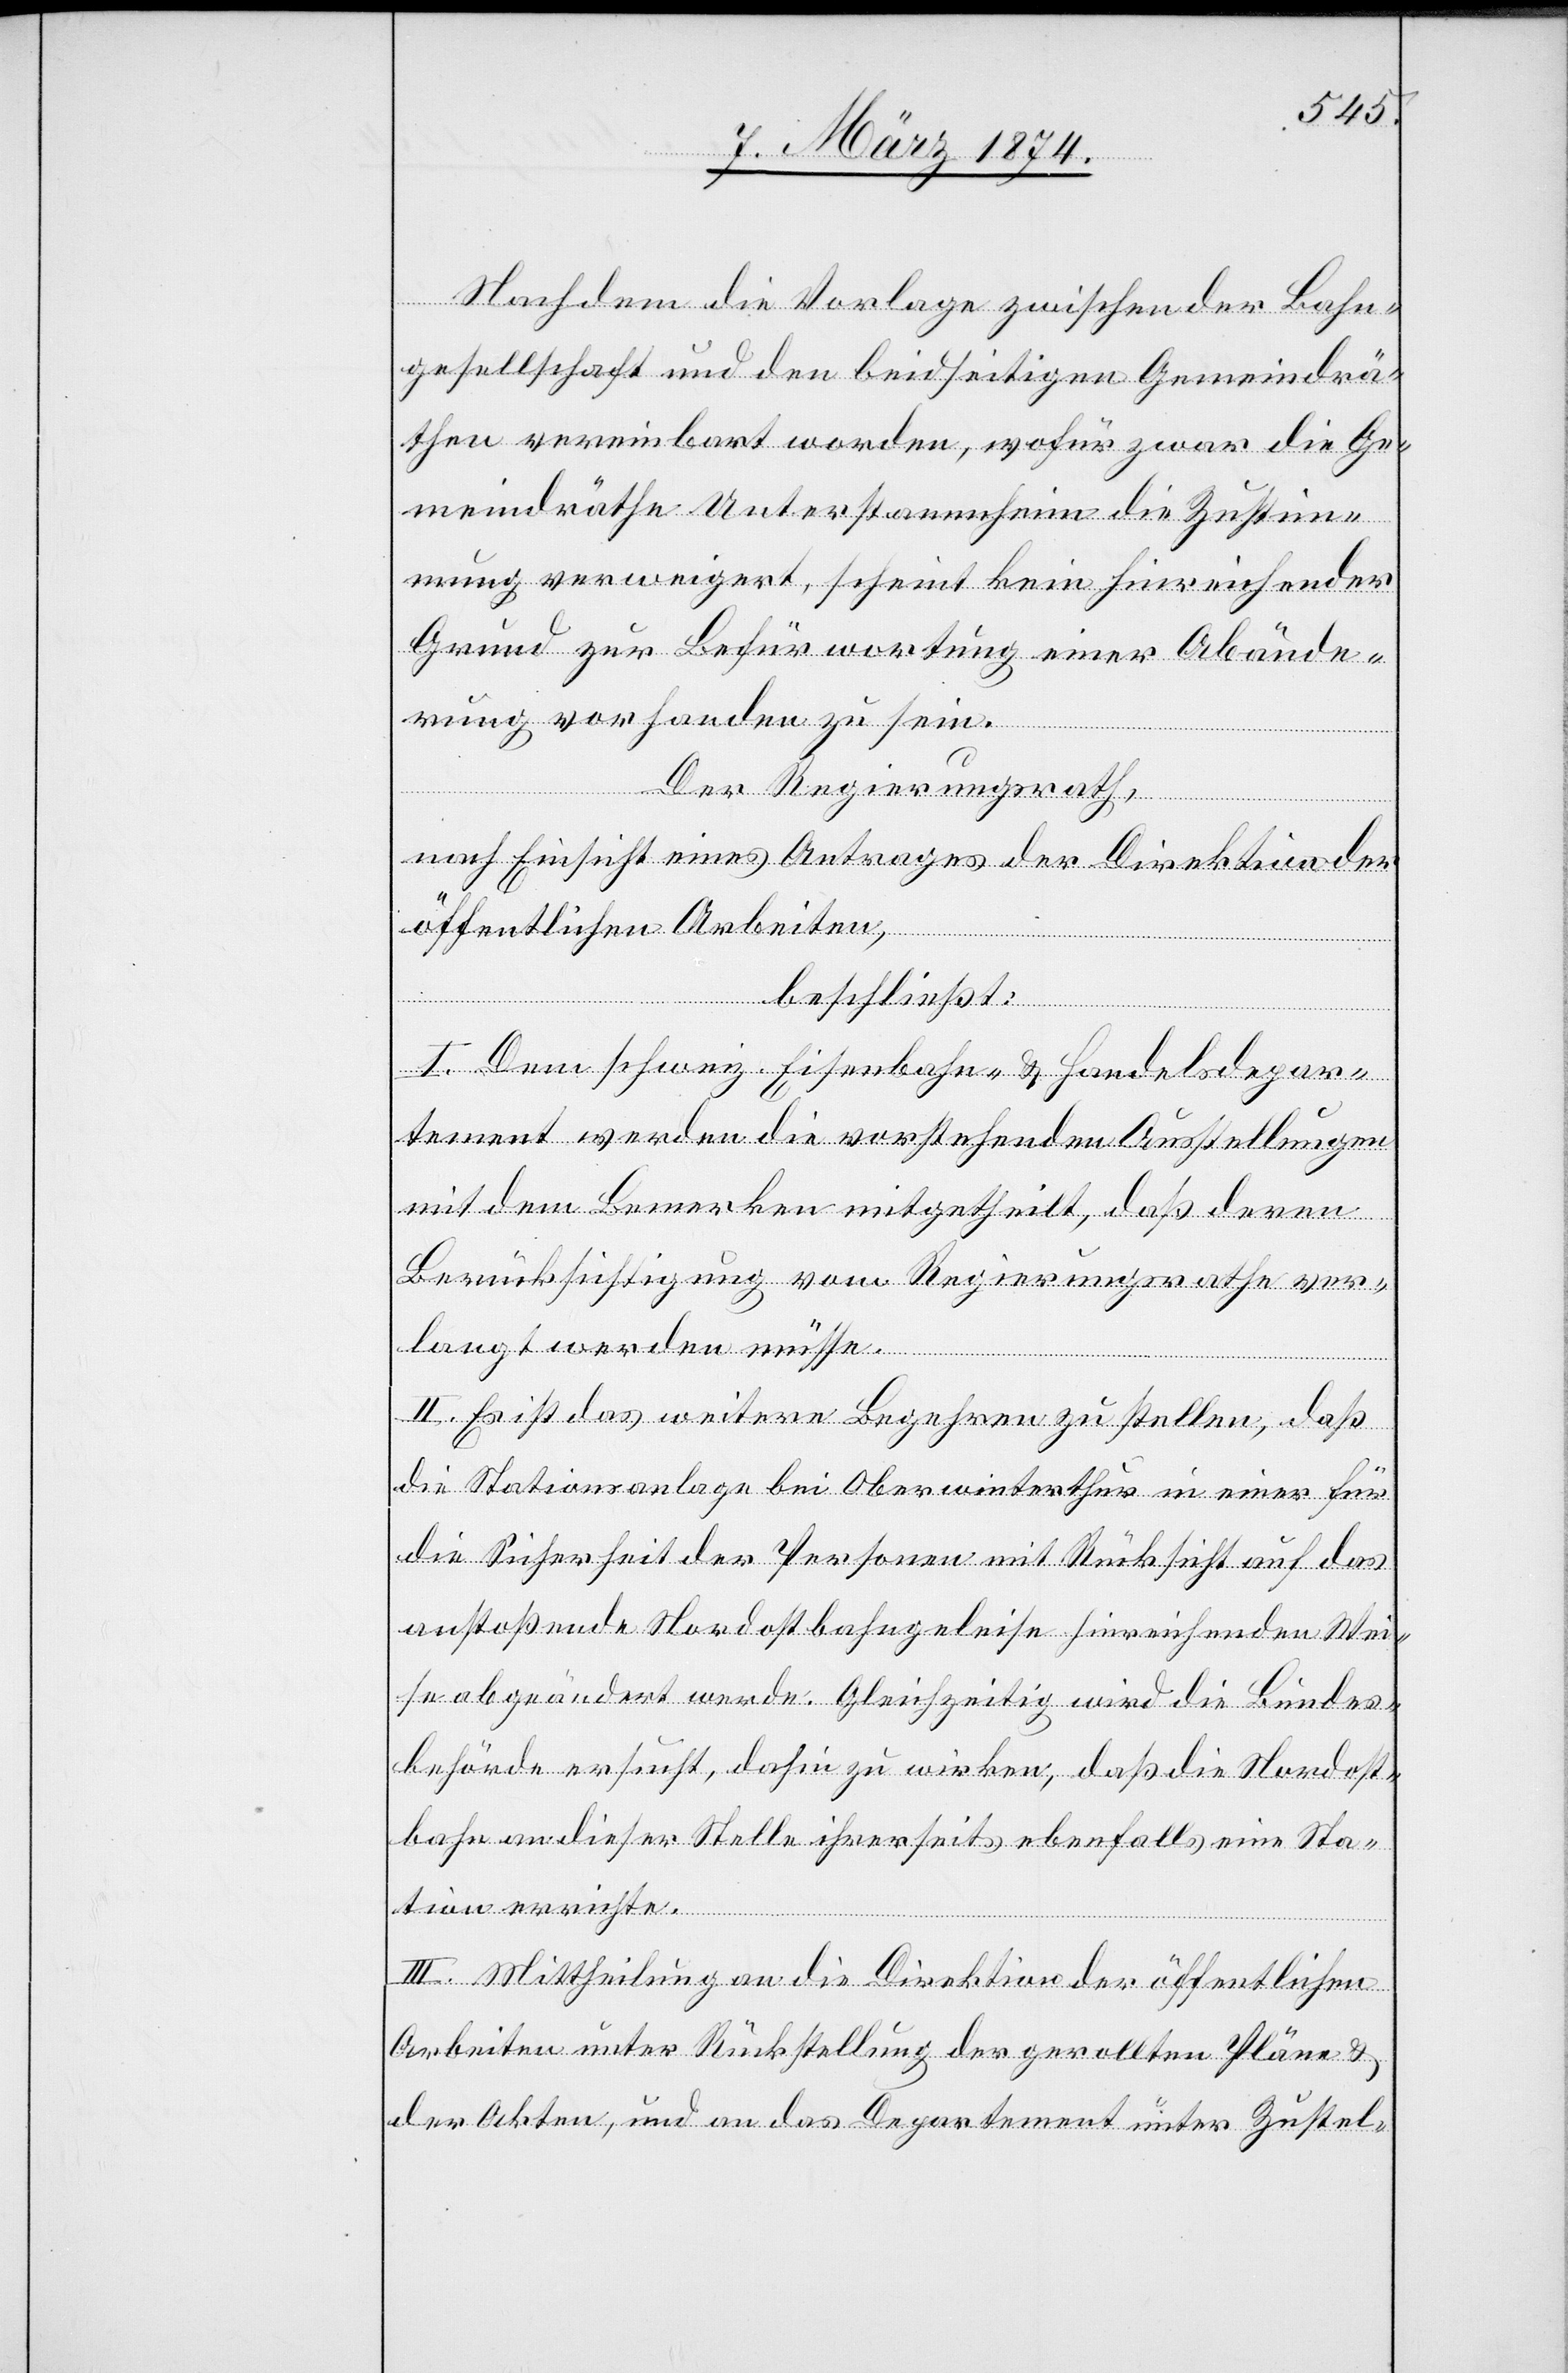
Nachdem die Vorlage zwischen der Bahn¬
gesellschaft und den beidseitigen Gemeindrä¬
then vereinbart worden, wofür zwar die Ge¬
meindräthe Unterstammheim die Zustim¬
mung verweigert, scheint kein hinreichender
Grund zur Befürwortung einer Abände¬
rung vorhanden zu sein.
Der Regierungsrath,
nach Einsicht eines Antrages der Direktion der
öffentlichen Arbeiten,
beschließt:
I. Dem schweiz. Eisenbahn- u. Handelsdepar¬
tement werden die vorstehenden Ausstellungen
mit dem Bemerken mitgetheilt, daß deren
Berücksichtigung vom Regierungsrathe ver¬
langt werden müsse.
II. Es ist das weitere Begehren zu stellen, daß
die Stationsanlage bei Oberwinterthur in einer für
die Sicherheit der Personen mit Rücksicht auf das
anstoßende Nordostbahngeleise hinreichenden Wei¬
se abgeändert werde. Gleichzeitig wird die Bundes¬
behörde ersucht, dahin zu wirken, daß die Nordost¬
bahn an dieser Stelle ihrerseits ebenfalls eine Sta¬
tion errichte.
III. Mittheilung an die Direktion der öffentlichen
Arbeiten unter Rückstellung der gerollten Pläne u.
der Akten, und an das Departement unter Zustel-